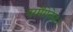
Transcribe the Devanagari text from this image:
परमैंगेनेट।